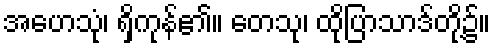
အဟေသုံ၊ ရှိကုန်၏။ တေသု၊ ထိုပြာသာဒ်တို့၌။